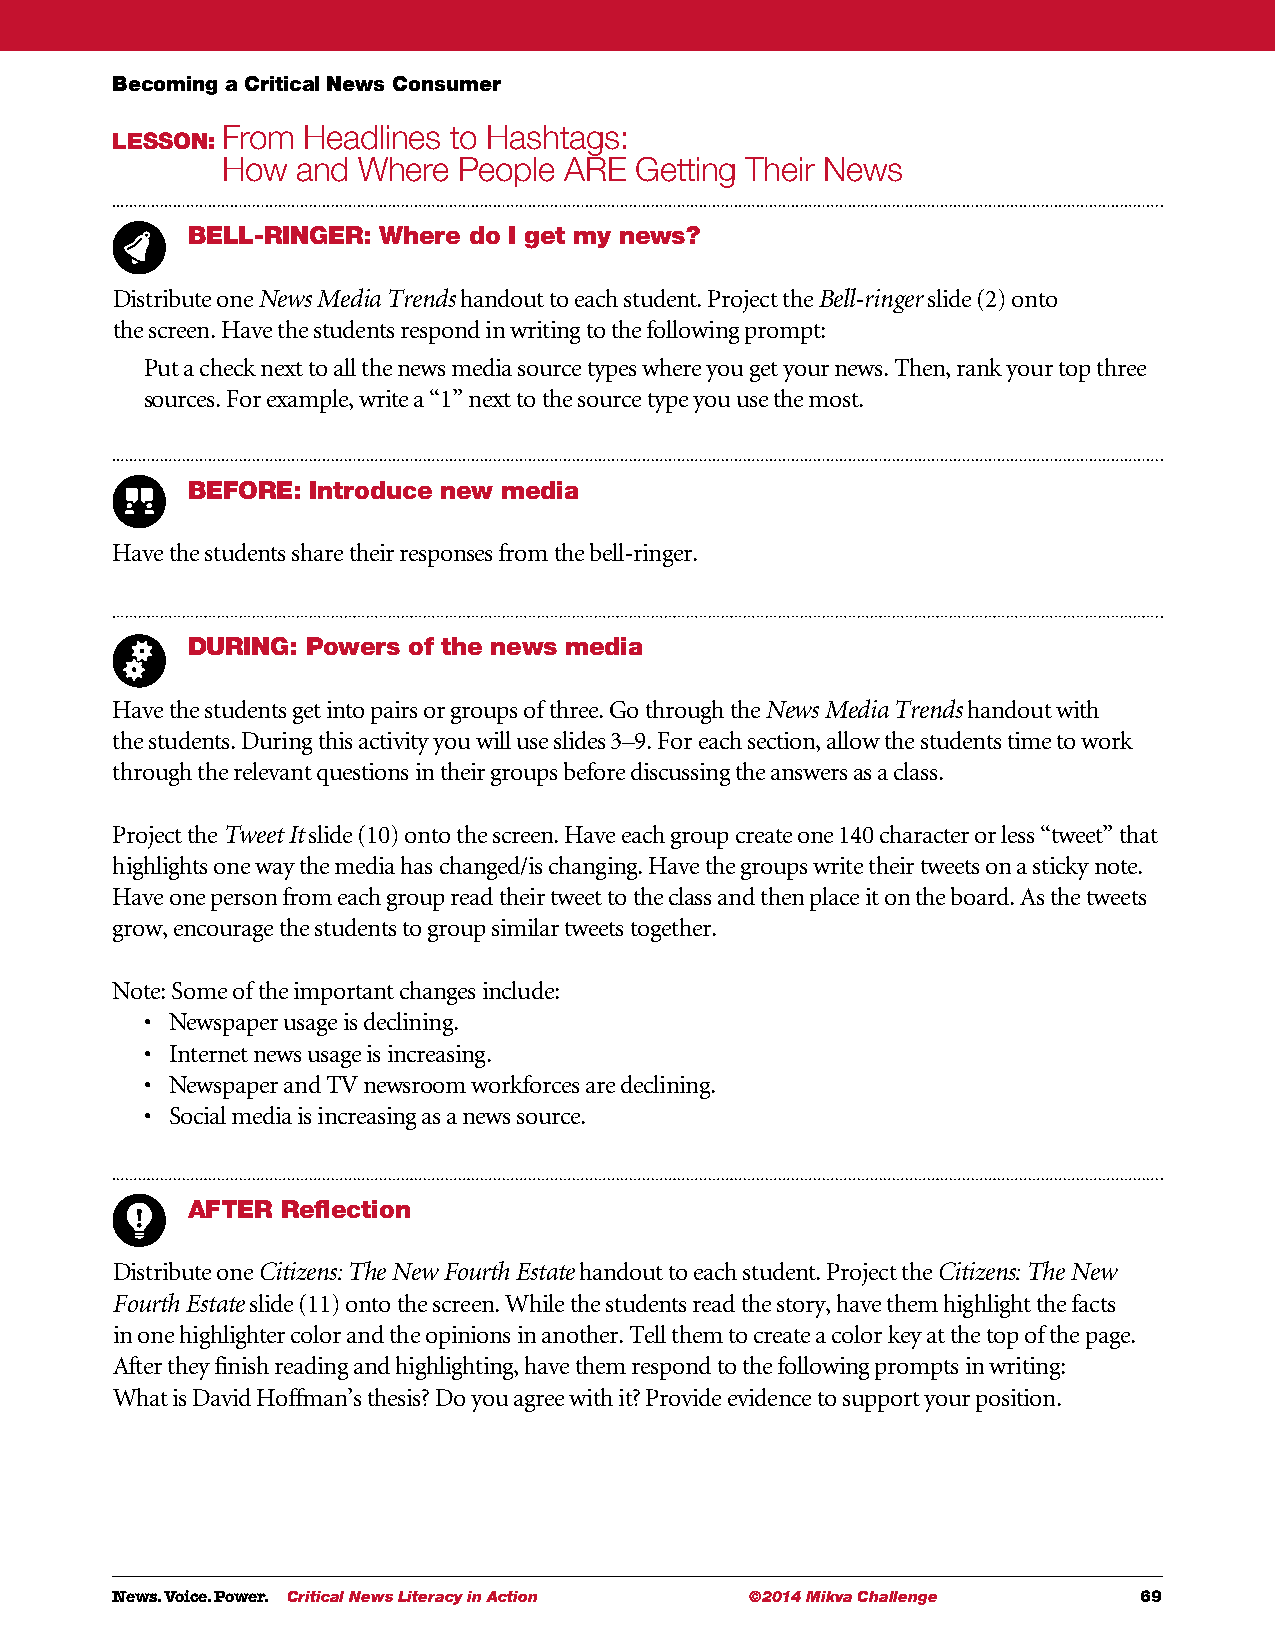
Becoming a Critical News Consumer
 From Headlines to Hashtags:
 LESSON:
 How  and Where People ARE  Getting Their News
 BELL-RINGER: Where do I get my news?
 Distribute one News Media Trends handout to each student. Project the Bell-ringer slide (2) onto
 the screen. Have the students respond in writing to the following prompt:
 Put a check next to all the news media source types where you get your news. Then, rank your top three
 sources. For example, write a “1” next to the source type you use the most.
 BEFORE:  Introduce new media
 Have the students share their responses from the bell-ringer.
 DURING: Powers of the news media
 Have the students get into pairs or groups of three. Go through the News Media Trends handout with
 the students. During this activity you will use slides 3–9. For each section, allow the students time to work
 through the relevant questions in their groups before discussing the answers as a class.
 Project the Tweet It slide (10) onto the screen. Have each group create one 140 character or less “tweet” that
 highlights one way the media has changed/is changing. Have the groups write their tweets on a sticky note.
 Have one person from each group read their tweet to the class and then place it on the board. As the tweets
 grow, encourage the students to group similar tweets together.
 Note: Some of the important changes include:
 • Newspaper usage is declining.
 • Internet news usage is increasing.
 • Newspaper and TV newsroom workforces are declining.
 • Social media is increasing as a news source.
 AFTER  Reflection
 Distribute one Citizens: The New Fourth Estate handout to each student. Project the Citizens: The New
 Fourth Estate slide (11) onto the screen. While the students read the story, have them highlight the facts
 in one highlighter color and the opinions in another. Tell them to create a color key at the top of the page.
 After they finish reading and highlighting, have them respond to the following prompts in writing:
 What is David Hoffman’s thesis? Do you agree with it? Provide evidence to support your position.
 News. Voice. Power. Critical News Literacy in Action ©2014 Mikva Challenge 69